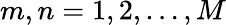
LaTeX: m,n=1,2,\ldots,M